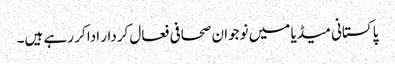
پاکستانی میڈیا میں نوجوان صحافی فعال کردار ادا کر رہے ہیں۔